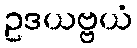
ဥဒယဗ္ဗယံ